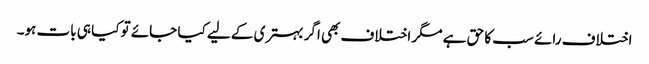
اختلاف رائے سب کا حق ہے مگر اختلاف بھی اگر بہتری کے لیے کیا جائے تو کیا ہی بات ہو۔